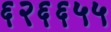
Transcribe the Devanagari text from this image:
६२६६५५